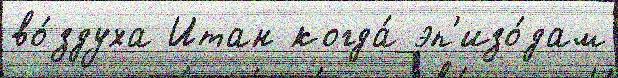
во́здуха Итан когда́ эп'изо́дам